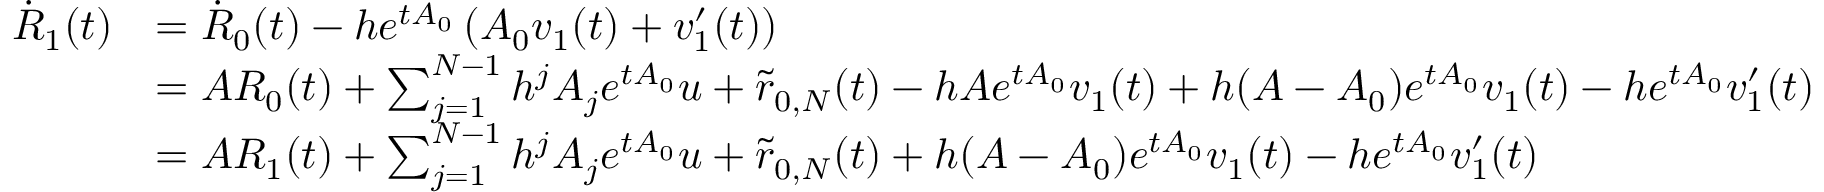
\begin{array} { r l } { \dot { R } _ { 1 } ( t ) } & { = \dot { R } _ { 0 } ( t ) - h e ^ { t A _ { 0 } } \left( A _ { 0 } v _ { 1 } ( t ) + v _ { 1 } ^ { \prime } ( t ) \right) } \\ & { = A R _ { 0 } ( t ) + \sum _ { j = 1 } ^ { N - 1 } h ^ { j } A _ { j } e ^ { t A _ { 0 } } u + \tilde { r } _ { 0 , N } ( t ) - h A e ^ { t A _ { 0 } } v _ { 1 } ( t ) + h ( A - A _ { 0 } ) e ^ { t A _ { 0 } } v _ { 1 } ( t ) - h e ^ { t A _ { 0 } } v _ { 1 } ^ { \prime } ( t ) } \\ & { = A R _ { 1 } ( t ) + \sum _ { j = 1 } ^ { N - 1 } h ^ { j } A _ { j } e ^ { t A _ { 0 } } u + \tilde { r } _ { 0 , N } ( t ) + h ( A - A _ { 0 } ) e ^ { t A _ { 0 } } v _ { 1 } ( t ) - h e ^ { t A _ { 0 } } v _ { 1 } ^ { \prime } ( t ) } \end{array}